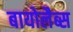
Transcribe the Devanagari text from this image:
बायोलैब्स